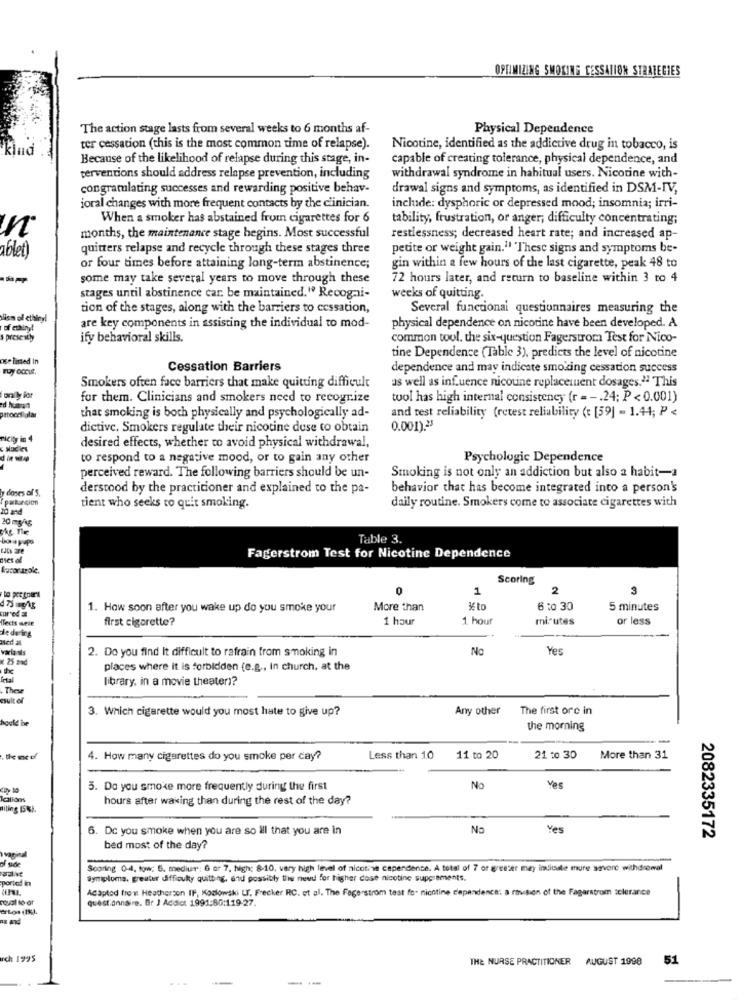
OPTIMIZING SMOKING CESSATION STRATEGIES
The action stage lasts from several weeks to 6 months af-
Physical Dependence
ter cessation (this is the most common time of relapse).
Nicotine, identified as the addictive drug in tobacco, is
Because of the likelihood of relapse during this stage, in-
capable of creating tolerance, physical dependence, and
terventions should address relapse prevention, including
withdrawal syndrome in habitual users. Nicotine with-
congratulating successes and rewarding positive behav-
drawal signs and symptoms, as identified in DSM-IV,
joral changes with more frequent contacts by the clinician.
include: dysphoric or depressed mood; insomnia; irri-
When a smoker has abstained from cigarettes for 6
tability, frustration, or anger; difficulty concentrating;
months, the maintenance stage begins. Most successful
restlessness; decreased heart rate; and increased ap-
quitters relapse and recycle through these stages three
petite or weight gain.'' 'These signs and symptoms be-
ablet)
or four times before attaining long-term abstinence;
gin within a few hours of the last cigarette, peak 48 to
some may take several years to move through these
72 hours later, and return to baseline within 3 to 4
stages until abstinence car. be maintained." Recogni-
weeks of quitting.
tion of the stages, along with the barriers to cessation,
Several functional questionnaires measuring the
lism ol ethinyl
are key components in assisting the individual to mod-
physical dependence on nicotine have been developed. A
presestyy
ify behavioral skills.
common tool, the six-question Fagerstrom Test for Nico-
nse listed In
tine Dependence (Table 3), predicts the level of nicotine
Cessation Barriers
dependence and may indicate smoking cessation success
as well as influence nicotine replacement dosages.21 This
Smokers often face barriers that make quitting difficult
onily for
for them. Clinicians and smokers need to recognize
tuol has high internal consistency (r = -. 24; P < 0.001)
ed huaran
that smoking is both physically and psychologically ad-
and test reliability (retest reliability ( [59] = 1.44; P <
dictive. Smokers regulate their nicotine duse to obtain
0.001).23
Ticity in 4
desired effects, whether to avoid physical withdrawal,
to respond to a negative mood, or to gain any other
Psychologic Dependence
perceived reward. The following barriers should be un-
Smoking is not only an addiction but also 2 habit-a
y doses of'5
derstood by the practitioner and explained to the pa-
behavior that has become integrated into a person's
patuncion
10 and
tient who seeks to quit smoking.
daily routine. Smokers come to associate cigarettes with
20 mg15
The Tle
bora pups
Table 3.
Fagerstrom Test for Nicotine Dependence
Scoring
1
2
3
to pregoari
1. How soon after you wake up do you smoke your
More than
što
6 :0 30
5 minutes
Tects wee
first cigarette?
1 hour
1 hour
minutes
or less
dedeing
ned al
variasils
2. Do you find it difficult to refrain from smoking in
No
Yes
25 and
places where it is forbidden (e.g ., In church, at the
library, in a movie theater)?
Thew
cult of
3. Which cigarette would you most hate to give up?
Any other
The first orc in
hould be
the morning
4. How many cigarettes do you smoke per cay?
Less than 10
11 to 20
21 to 30
More than 31
5. Da you smoke more frequently during the first
No
Yes
Ications
hours after waking than during the rest of the day?
liting 15%).
6. Dc you smoke when you are so ill that you are in
No
Yes
2082335172
bed most of the day?
of side
Scoring 0-4, low: 5. medium: 6 or 7. high: 8-10, very high level of nicotine capendente. A total of 7 or greater may indicate more severe withdromal
ported in
Symptoms. greater difficulty quitbng, and possibly the need for higher cose nicotine supplements.
Adapted from Heatherson IF, Kozlowski LT. Frecker RC. et al. The Fagerstrom test fo- nicotine dependence: a revision of the Fagerstrom sclerance
questionnaire. Br J Addict 1991:80:119-27.
erLos (%).
rch 1995
THE NURSE PRACTITIONER AUGUST 1998
51
---